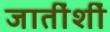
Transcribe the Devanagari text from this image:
जातींशीं